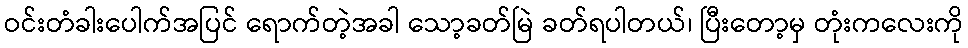
ဝင်းတံခါးပေါက်အပြင် ရောက်တဲ့အခါ သော့ခတ်မြဲ ခတ်ရပါတယ်၊ ပြီးတော့မှ တုံးကလေးကို